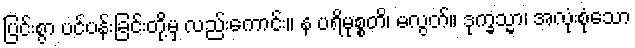
ပြင်းစွာ ပင်ပန်းခြင်းတို့မှ လည်းကောင်း။ န ပရိမုစ္စတိ၊ မလွတ်။ ဒုက္ခသ္မာ၊ အလုံးစုံသော